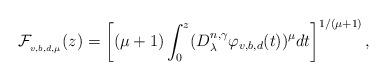
LaTeX: \begin{align*}\mathcal{F}_{_{v,b,d,\mu }}(z)=\left[ (\mu +1)\int_{0}^{z}(D_{\lambda}^{n,\gamma }\varphi _{v,b,d}(t))^{\mu }dt\right] ^{1/(\mu +1)},\end{align*}